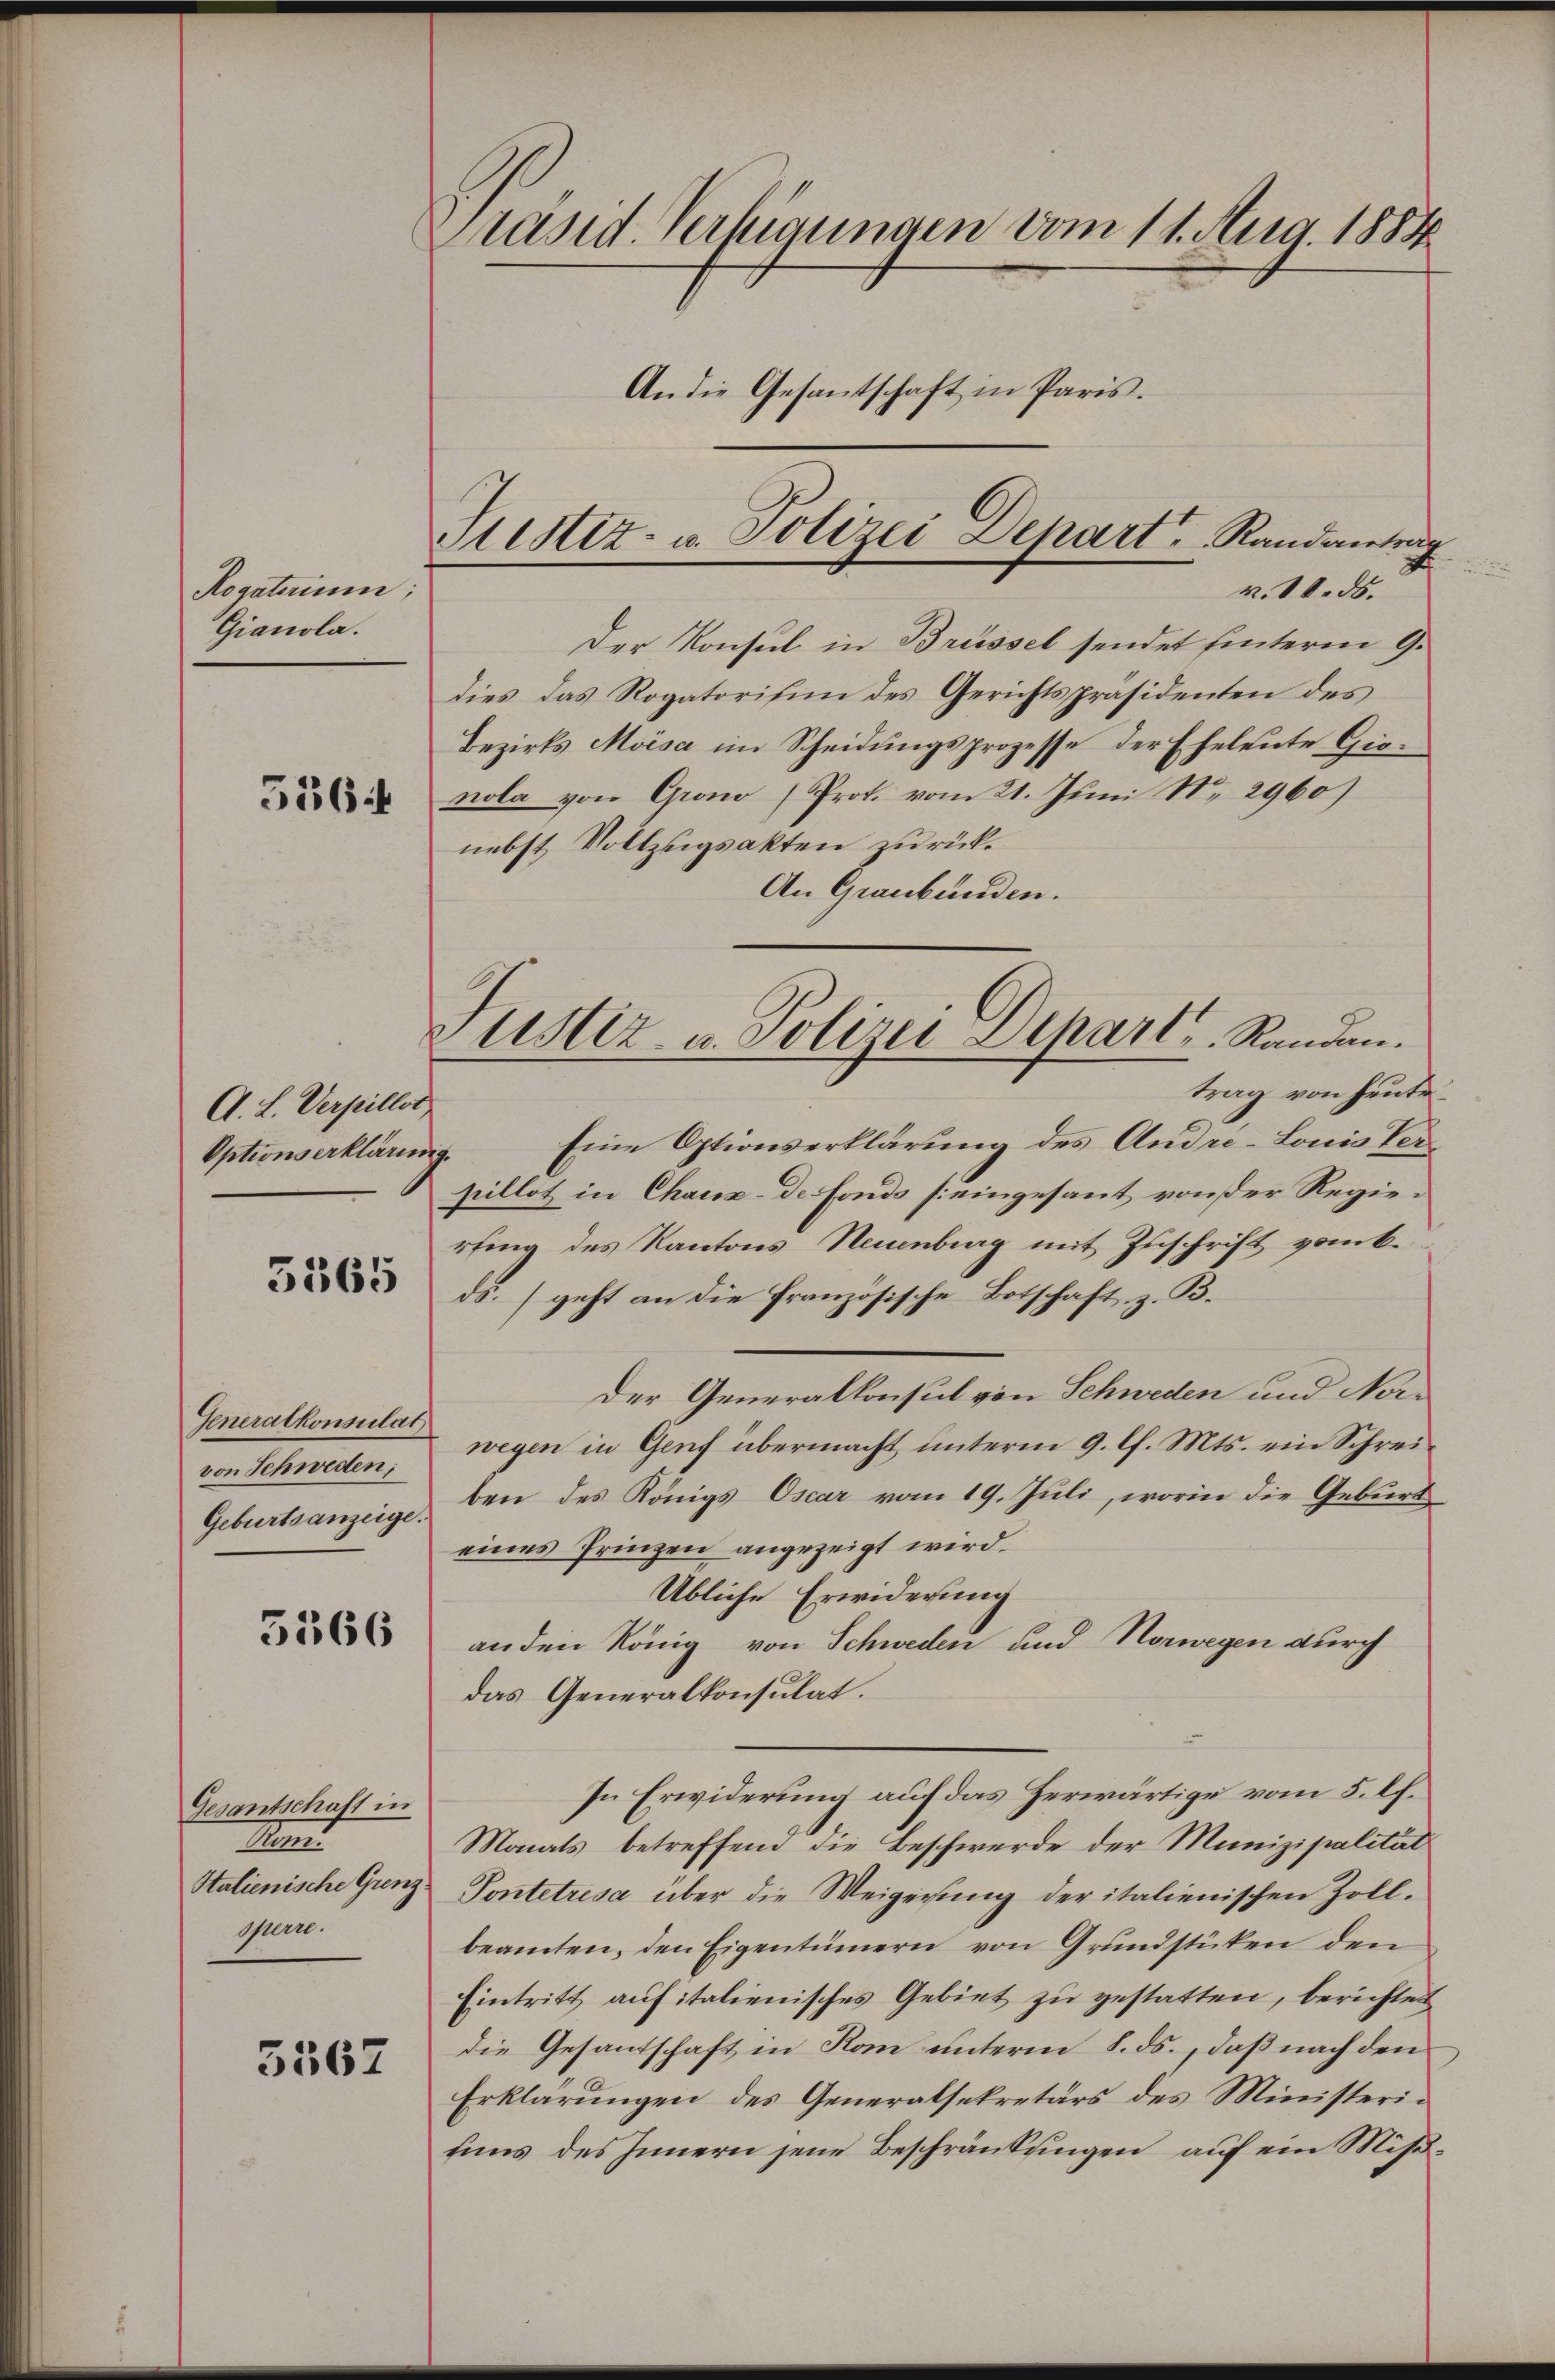
Rogatorium;
Gianola.

556 f

A. L. Verpillot
Optionserklärun

5565

Generalkonsulat
von Schweden;
Geburtsanzeige.

5366

Gesantschaft in
Man
Stalienische Grenz.
sperre.

5567

Präsid. Verfügungen vom 11. Aug. 1884
An die Gesantschaft in Paris.

Stestiz- u. Polizei Depart, Randantrag
v. 18. ds.

Justiz- u. Polizei Depart. Randen.
trag von heute

Der Konsul in Brüssel sendet hinterm 9.
dies das Rogatorifen des Gerichtspräsidenten des
Bezirks Moisa im Scheidungsprozesse der Eheleute Gionola von Grono Prot. vom 21. Juni Nr. 2960)
nebst Vollzugsakten zurück¬
An Graubünden.
Eine Optionserklärung des Andre-Louis Ver¬
19.
pillot in Chaux-de Fonds seingesant, von der Regierfing des Kantons Neuenburg mit Zuschrift vom k.
ds. geht an die französische Botschaft z. B.
Der Generalkonsul von Schweden und Norwegen in Genf übermacht unterm 9. l. Mts. ein Schreiben des Königs Oscar vom 19. Juli, worin die Geburt
eines Prinzen angezeigt wird.
Übliche Erwiderung
anden König von Schweden und Norwegen durch
das Generalkonsulat.
In Erwiderung auf das Herwärtige vom 5. lf.
Monats betreffend die Beschwerde der Munizipalität
Pontetrisa über die Weigerung der italienischen Zoll-
beamten, den Eigentümern von Grundstücken den
Eintritt aufitalienisches Gebiet zu gestatten, berichtet
Die Gesantschaft in Rom unterm 8. ds., daß nach den
Erklärungen des Generalsekretärs des Ministerifuns des Innern jene Beschränkungen auf ein Miß¬